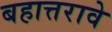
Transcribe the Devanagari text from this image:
बहात्तरावे